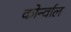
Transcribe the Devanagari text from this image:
कोर्न्वाल